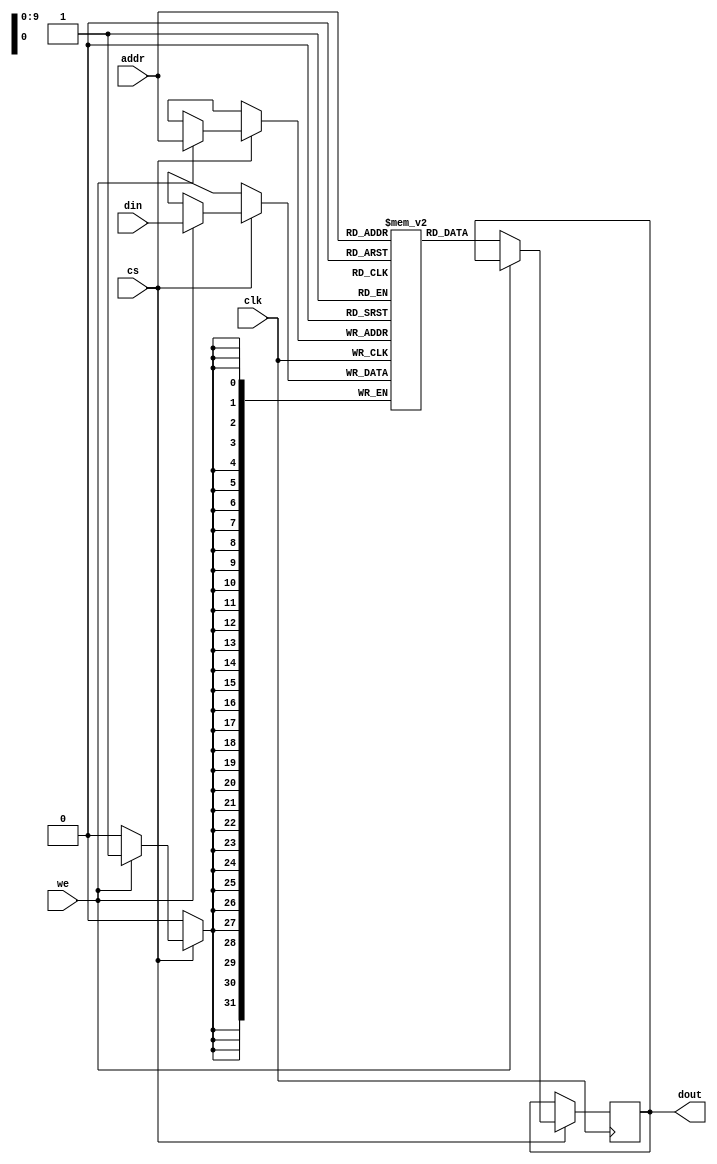
module spsram(
    clk,
    cs,
    we,
    addr,
    din,
    dout
);

parameter mem_depth = 1024;
parameter mem_width = 32;
parameter mem_bitw = 10;

input wire clk;
input wire cs;
input wire we;
input wire [mem_bitw-1:0] addr;
input wire [mem_width-1:0] din;
output reg [mem_width-1:0] dout;

reg [mem_width-1:0] mem[0:mem_depth-1];

always @(posedge clk) begin
    if (cs) begin
        if (we) begin
            mem[addr] <= din;
        end
        else begin
            dout <= mem[addr];
        end
    end          
end

endmodule


module apb_sram_inf(
    clk,
    rstn,
    psel,
    penable,
    paddr,
    pwrite,
    pwdata,
    pready,
    prdata
);

parameter mem_depth = 1024;
parameter mem_width = 32;
parameter mem_bitw = 10;

parameter IDEL = 0;
parameter SETUP = 1;
parameter ENABLE = 2;

input wire clk;
input wire rstn;
input wire psel;
input wire penable;
input wire [mem_bitw+1:0] paddr;        
input wire pwrite;
input wire [31:0] pwdata;
output wire pready;
output reg [31:0] prdata;

reg [1:0] sta;
reg [1:0] nsta;
reg apb_write;
reg apb_read;
reg pready_pre;
reg [mem_bitw-1:0] apb_addr;
reg [31:0] apb_wdata;

wire mem_cs;
wire mem_we;
wire [mem_width-1:0] mem_dout;


always @(posedge clk or negedge rstn) begin
    if (!rstn) begin
        sta = 2'd0;
    end
    else begin
        sta = nsta;
    end
end


always @(*) begin
    nsta = sta;
    case (sta) 
        IDEL: begin
            if ((psel==1'b1) && (penable==1'b0)) begin
                nsta = SETUP;
            end
            else begin
                nsta = IDEL;
            end
        end
        SETUP: begin
            if ((psel==1'b1) && (penable==1'b1)) begin
                nsta = ENABLE;
            end
            else begin
                nsta = IDEL;
            end
        end
        ENABLE: begin
            if ((psel==1'b1) && (penable==1'b1)) begin
                nsta = ENABLE;
            end
            else begin
                nsta = IDEL;
            end
        end
        default: begin
            nsta <= IDEL;
        end
    endcase
end


always @(*) begin
    if (sta==IDEL) begin
        apb_write = 1'b0;
        apb_read = 1'b0;
        pready_pre = 1'b0;
    end
    else if (sta==SETUP) begin
        apb_addr = paddr[mem_bitw+1:2];
        if (pwrite) begin
            apb_write = 1'b1;
            apb_read = 1'b0;
            apb_wdata = pwdata;
            pready_pre = 1'b0;
        end
        else if (!pwrite) begin
            apb_write = 1'b0;
            apb_read = 1'b1;
            pready_pre = 1'b0;
        end
    end
    else if (sta==ENABLE) begin
        if (pwrite) begin
            pready_pre = 1'b1;
        end 
        else if (!pwrite) begin
            prdata = mem_dout;
            pready_pre = 1'b1;
        end
    end
end

assign pready = pready_pre;                
assign mem_cs = (apb_write | apb_read);     
assign mem_we = apb_write;                 

spsram u_spsram(
    .clk(clk),
    .cs(mem_cs),
    .we(mem_we),
    .addr(apb_addr),
    .din(apb_wdata),
    .dout(mem_dout)
);

endmodule


module apb_sram_inf_tb;

reg clk;
reg rstn;
reg psel;
reg penable;
reg [11:0] paddr;
reg pwrite;
reg [31:0] pwdata;
wire pready;
wire [31:0] prdata;

apb_sram_inf u_apb_sram_inf(
    .clk(clk),
    .rstn(rstn),
    .psel(psel),
    .penable(penable),
    .paddr(paddr),
    .pwrite(pwrite),
    .pwdata(pwdata),
    .pready(pready),
    .prdata(prdata)
);

initial clk = 1'b0;
always #10 clk = ~clk;

initial begin
    rstn = 1'b0;
    #20
    rstn = 1'b1;
    psel = 1'b0;
    penable= 1'b0;

   
    #10
    psel = 1'b1;
    paddr = 12'hff1;
    pwrite = 1'b1;
    pwdata = 32'hffff_ff01;
    #20
    penable = 1'b1;
    #20
    penable = 1'b0;
    psel = 1'b0;

   
    #20
    psel = 1'b1;
    paddr = 12'hff1;
    pwrite = 1'b0;
   
    #20
    penable = 1'b1;
    #20
    penable = 1'b0;
    psel = 1'b0;

    #40
    $finish;
end


initial begin
    $dumpfile("apb_sram_inf_tb.vcd");
    $dumpvars;
end


endmodule